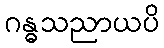
ဂန္ဓသညာယပိ